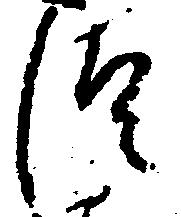
つ